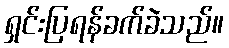
ရှင်းပြရန်ခက်ခဲသည်။